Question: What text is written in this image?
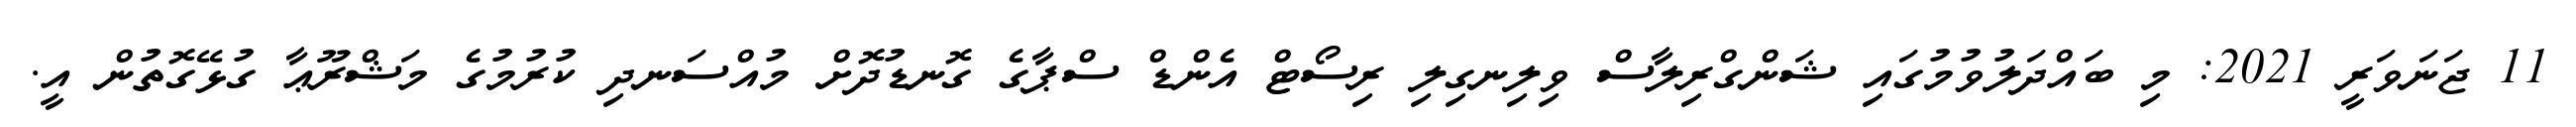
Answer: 11 ޖަނަވަރީ 2021: މި ބައްދަލުވުމުގައި ޝަންގްރިލާސް ވިލިނގިލި ރިސޯޓް އެންޑް ސްޕާގެ ގޮނޑުދޮށް މުއްސަނދި ކުރުމުގެ މަޝްރޫޢާ ގުޅޭގޮތުން އީ.